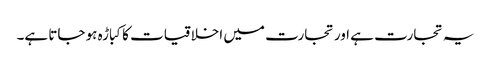
یہ تجارت ہے اور تجارت میں اخلاقیات کا کباڑہ ہو جاتا ہے۔